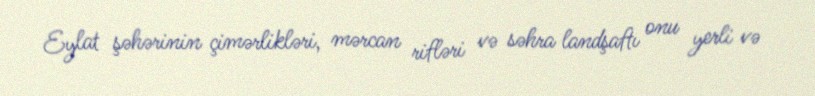
Eylat şəhərinin çimərlikləri, mərcan rifləri və səhra landşaftı onu yerli və